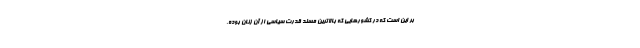
بر این است که در کشورهایی که بالاترین مسند قدرت سیاسی از آن زنان بوده،